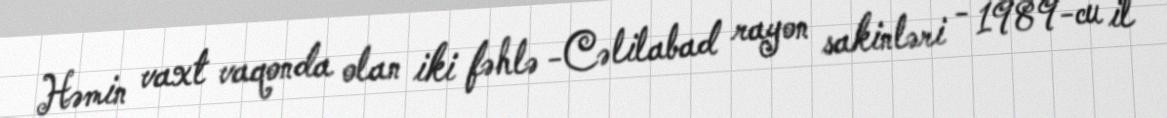
Həmin vaxt vaqonda olan iki fəhlə -Cəlilabad rayon sakinləri - 1989-cu il